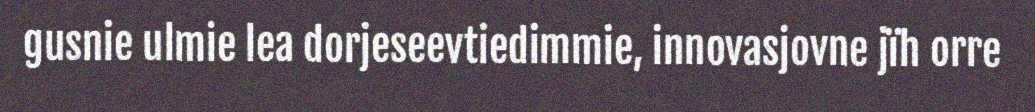
gusnie ulmie lea dorjeseevtiedimmie, innovasjovne jïh orre